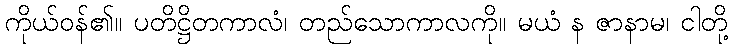
ကိုယ်ဝန်၏။ ပတိဋ္ဌိတကာလံ၊ တည်သောကာလကို။ မယံ န ဇာနာမ၊ ငါတို့